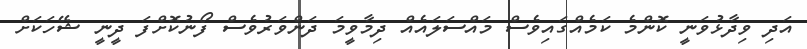
އަދި ވިދާޅުވަނީ ކޮންމެ ކަމެއްގައިވެސް މައްސަލައެއް ދިމާވީމަ ދަންވަރުވެސް ފޯނުކޮށްފަ ދީނީ ޝޭހަކަށް